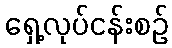
ရှေ့လုပ်ငန်းစဉ်